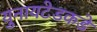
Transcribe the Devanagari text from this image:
युनायटेडकडे